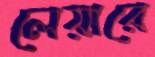
লেয়ারে